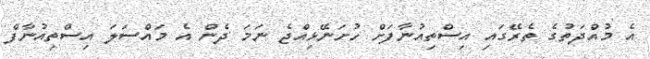
އެ މުއްދަތުގެ ތެރޭގައި އިސްތިއުނާފަށް ހުށަނޭޅިއްޖެ ނަމަ ދެން އެ މައްސަލަ އިސްތިއުނާފް